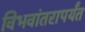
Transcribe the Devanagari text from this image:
विभवांतरापर्यंत